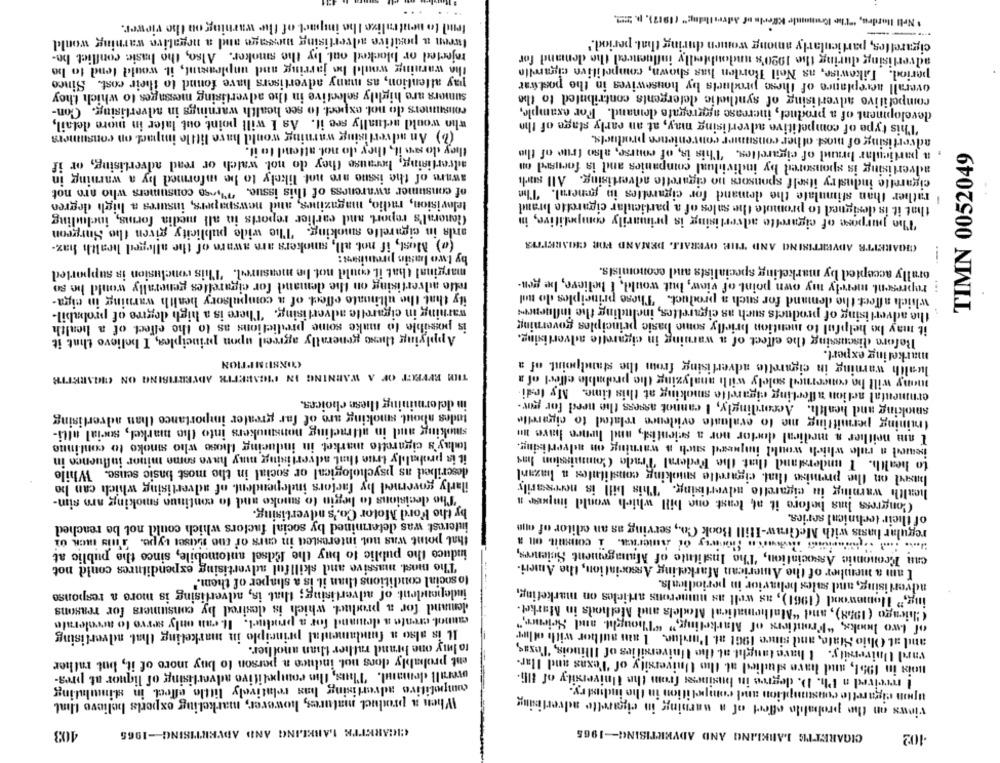
Ivestlelng" (1917), p. 2:21.
Iend to neutralize the inqmet of the warning on the viewer.
1 Nell Itordre, "The 10
---
turen a positive advertising message and a negative warning would
cigarettes, particularly among women during that. period."
rejected or blocked out by the smoker. Also, the basic conflict be-
advertising during the 1920's undoubtedly influenced the demand for
the warning would be jarring and unpleasant, it would tend to be
period. Likewise, as Neil Borden has shown, competitive cigarelle
pay attention, as many advertisers have found to their cost. Since
overall acceptance of these products by housewives in the postwar
sumers are highly selective in the advertising messages to which they
competitivo advertising of synthetic defergents contributed to the
consumers do not expect to see health warnings in advertising. Con-
development of a product, increase aggregate demand. For example,
who would actually see it. As I will point out later in more detail,
This type of competitive advertising may, at an early stage of the
(b) An advertising warning would have little impact on consumers
advertising of most other consumer convenience products.
they do so it, they do not attend to il.
a particular brand of cigarettes. This is, of course, also true of the
advertising, herause they do not. watch or read advertising, or if
advertising is sponsored by individual companies and is focused on
TIMN 0052049
aware of the issue are not likely to be informed by a warning in
cigarette industry itself sponsors no cigarette advertising. All such
of consumer awareness of this issue. """lese consumers who are not
rather than stimulate the demand for cigarettes in general. The
television, radio, magazines, and newspapers, insures a high degree
that it is designed to promote the sales of a particular cigarette brand
General's report and earlier reports in all media forms, including
"The purpose of cigarette advertising is primarily competitive, in
andla in cigarette smoking. The wide publicity given the Surgeon
(@) Must, if not all, smokers are aware of the alleged health haz-
COAREITR ADVERTISING AND THE OVERALL DEMAND FOR CHIARETTYS
by two basis premises:
orally accepted by marketing specialists and economists.
marginal that it could not be measured. This conclusion is supported
relle advertising on the demand for cigarettes generally would he so
represent merely my own point of view, but would, I believe, be gen-
ily that the ultimate effect of a compulsory health warning in eiga-
which affect the demand for such a product. These principles do nal
..
warning in cigarette advertising. There is a high degree of probabil-
the advertising of products such as cigarettes, including the influenews
it may be helpful to mention briefly some basic principles governing
is possible to make some predictions as to the effect of a health
Applying these generally agreed upon principles, I believe that it
Before discussing the effect of a warning in cigarette advertising.
marketing expert.
CONSUMPTION
lualth warning in cigarette advertising from the standpoint. of a
many will ho concerned solely with analyzing the probable effect of a
TIM EFFECT OF A WARNING IN MIGABETER ADVERTISING ON CIGARETTE
ernmental action affecting cigarette smoking at this time. My fedi.
in determining these choices.
smoking and health. Accordingly, I cannot assess the need for gor-
tudes about smoking are of far greater importance than advertising
(mining permitting me to evaluate evidence related to cigarelle
smoking and in attracting nonsmokers into the markel, social alti-
I am neither a medical doctor nor a scientist, and hence have mu
today's cigarette market in inducing those who smoke to continue
bemed a rule which would impad such a warning on advertising.
it is probably true that advertising may have some minor influence in
to health. I understand that the Federal Trade Commission has
described as psychological or social in the most basic sense. While
based on the premise that. cigarette smoking constitutes a hazanl
ilarly governed by factors independent. of advertising which can be
health warning in cigarette advertising. This bill is necessarily
The decisions to begin to smoke and to continue smoking aro sim-
Congress has before it at least one bill which would imposer a
by the Ford Motor Co.'s advertising.
of their technical series.
interest was determined by social factors which could not be reached
regular basis with MeGiraw-Hill Book Co ., serving as an editor of que
that point was not interested in cars of the suiset type. This inek or
can Economic Association, "The Institute of Management Sciences,
induce the public to buy the Edsel automobile, since the public at
The most, massive and skillful advertising expenditures could not
I am a member of the American Marketing Association, the Ameri-
to social conditions than it is a shaper of them.'
advertising, and sales behavior in periodicals.
ing," Homewood (1961), as well as numerous articles on marketing,
independent of advertising; that is, advertising is more a response
demand for a product. which is desired by consumers for reasons
Chicago (1958), and "Mathematical Models and Afethods in Market.
of two hooks, "Frontiers of Marketing," "Thought, and Science,"
cannot create a demand for a product. It can only serve to accelerate
Il is also a fundamental principle in marketing that advertising
and at Ohio State, and since 19Gt at. Purdue. 1 aans author with oflur
to Imiy one brand rather than another.
vard University. I have taught at the Universities of Illinois, Texas,
ent probably dors not. induce a person to buy more of it, but rather
bois in 1951, and have studied at the University of Texas and Ilar-
I revived a Ph. D. degree in business from the University of thh.
overall denand. Thus, the competitive advertising of liquor at pres-
upon cigarette consumption and competition in the industry.
competitive advertising has relatively little effect in stimulating
When a product matures, however, marketing experts believe that
virus on the probable effect of a warning in cigarette advertising
403
CIGARETTE LABELING AND ADVERTISING -- 1965
CIGARETTE LARIKLING AND ADVERTISING-1965
102